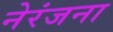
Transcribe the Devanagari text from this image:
नेरंजना